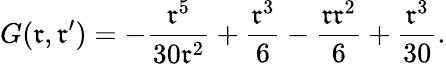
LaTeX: G(\mathfrak{r},\mathfrak{r}^{\prime})=-\frac{{\mathfrak{r}^{5}}}{{30\mathfrak{r}^{2}}}+\frac{{\mathfrak{r}^{3}}}{{6}}-\frac{{\mathfrak{r}\mathfrak{r}^{2}}}{{6}}+\frac{{\mathfrak{r}^{3}}}{{30}}.